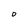
Character: O